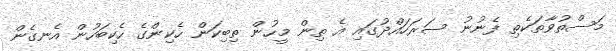
މަސްތުވާތަކެތި ފެނުނު ސަރަހައްދުގައި އެ ތިން މީހުން ތިބިކަން ހެކިންގެ ހެކިބަހުން އެނގެން